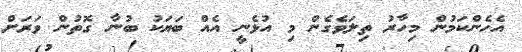
އެހެންކަމުން މިހާރު ތިލަވެގެން މި އުޅެނީ އެއް ބަޔަކު ބުނާ ގޮތުން ވަރަށް